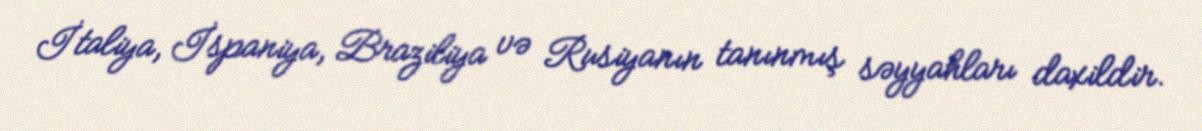
İtaliya, İspaniya, Braziliya və Rusiyanın tanınmış səyyahları daxildir.